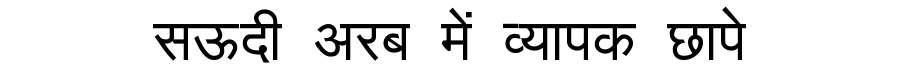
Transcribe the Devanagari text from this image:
सऊदी अरब में व्यापक छापे